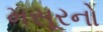
મસૂરનો